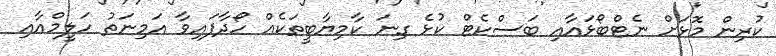
ކުރިން މޮޅަށް ނެޓްބޯޅައާއި ބަސްކެޓް ކުޅެ ގިނަ ކާމިޔާބީތަކެއް ހޯދާފައިވާ އަމިނަތު ހަލީމްއާއި